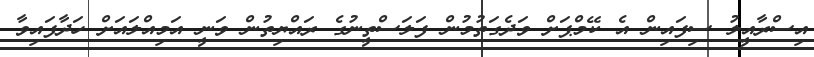
އިސްރާއީލު ސިފައިން އެ ކޭމްޕަށް ވަދެގަތުމުން ފަލަސްތީނުގެ ރައްޔިތުން ވަނީ އަމިއްލައަށް ހަދާފައިވާ